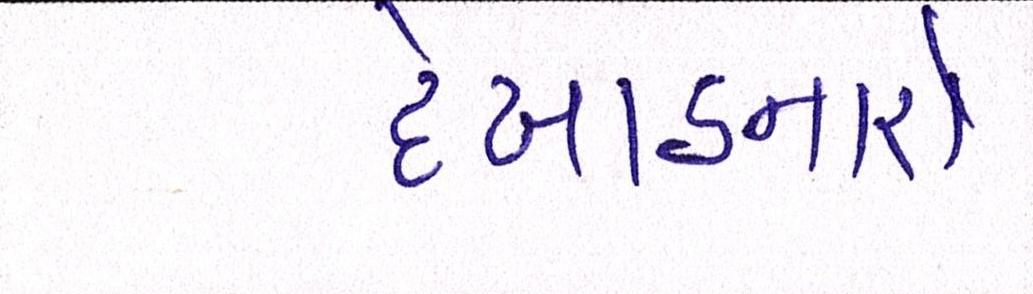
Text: દેખાડનારો